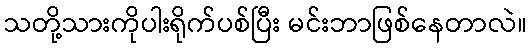
သတို့သားကိုပါးရိုက်ပစ်ပြီး မင်းဘာဖြစ်နေတာလဲ။